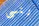
ننسى